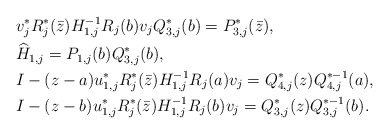
\begin{align*} &v_j^*R_j^*(\bar z)H_{1,j}^{-1}R_j(b)v_jQ_{3,j}^*(b) = P_{3,j}^*(\bar z), \\ &\widehat H_{1,j} = P_{1,j}(b)Q_{3,j}^*(b),\\ & I-(z-a)u_{1,j}^* R_j^*(\bar z)H_{1,j}^{-1}R_j(a)v_j=Q_{4,j}^{*}(z)Q_{4,j}^{*-1}(a), \\ &I-(z-b)u_{1,j}^* R_j^* (\bar z)H_{1,j}^{-1}R_j(b)v_j=Q_{3,j}^{*}(z)Q_{3,j}^{*-1}(b). \end{align*}